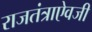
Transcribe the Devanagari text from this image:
राजतंत्राऐवजी